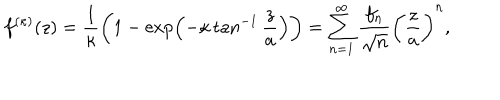
f ^ { ( \kappa ) } ( z ) = \frac { 1 } { \kappa } \biggl ( 1 - \exp \Bigl ( - \kappa \tan ^ { - 1 } \frac { z } { a } \Bigr ) \biggr ) = \sum _ { n = 1 } ^ { \infty } \frac { f _ { n } } { \sqrt { n } } \biggl ( \frac { z } { a } \biggr ) ^ { n } ,